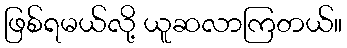
ဖြစ်ရမယ်လို့ ယူဆလာကြတယ်။